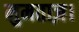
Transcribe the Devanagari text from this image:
मुमताज़।